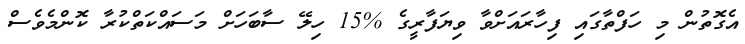
އެގޮތުން މި ހަފްތާގައި ފިހާރައަށްވާ ވިޔަފާރީގެ %15 ހިލޭ ސާބަހަށް މަސައްކަތްކުރާ ކޮންމެވެސް